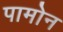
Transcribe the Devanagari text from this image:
पामोन